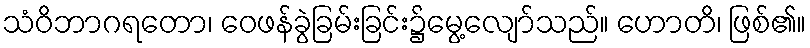
သံဝိဘာဂရတော၊ ဝေဖန်ခွဲခြမ်းခြင်း၌မွေ့လျော်သည်။ ဟောတိ၊ ဖြစ်၏။